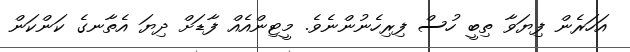
އަހަރެން ފިޔަވާ ތިބީ ހުސް ފިރިހެނުންނެވެ. މީޓިންއެއް ފާޑަށް ދިޔަ އެތާނގެ ކަންކަން